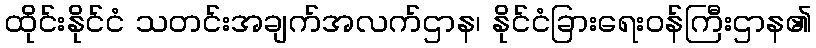
ထိုင်းနိုင်ငံ သတင်းအချက်အလက်ဌာန၊ နိုင်ငံခြားရေးဝန်ကြီးဌာန၏